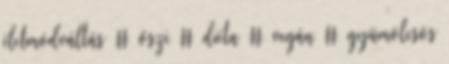
életmódváltás # őszi # diéta # vegán # gyümölcsös